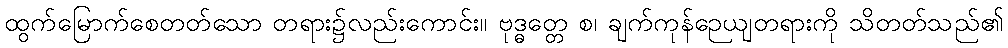
ထွက်မြောက်စေတတ်သော တရား၌လည်းကောင်း။ ဗုဒ္ဓတ္တေ စ၊ ချက်ကုန်ဉေယျတရားကို သိတတ်သည်၏